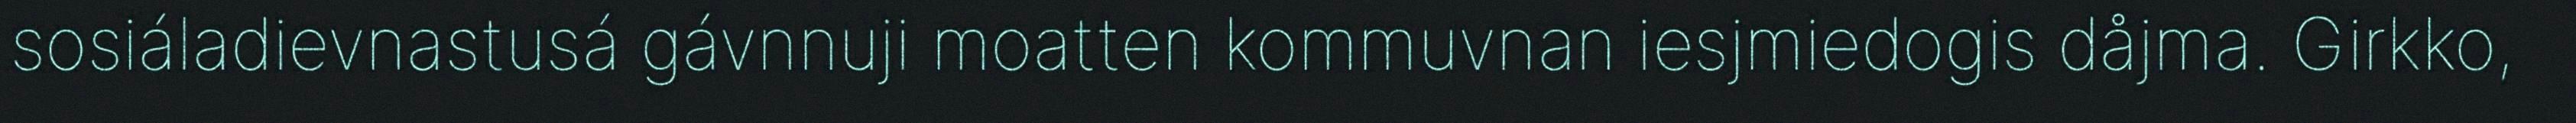
sosiáladievnastusá gávnnuji moatten kommuvnan iesjmiedogis dåjma. Girkko,